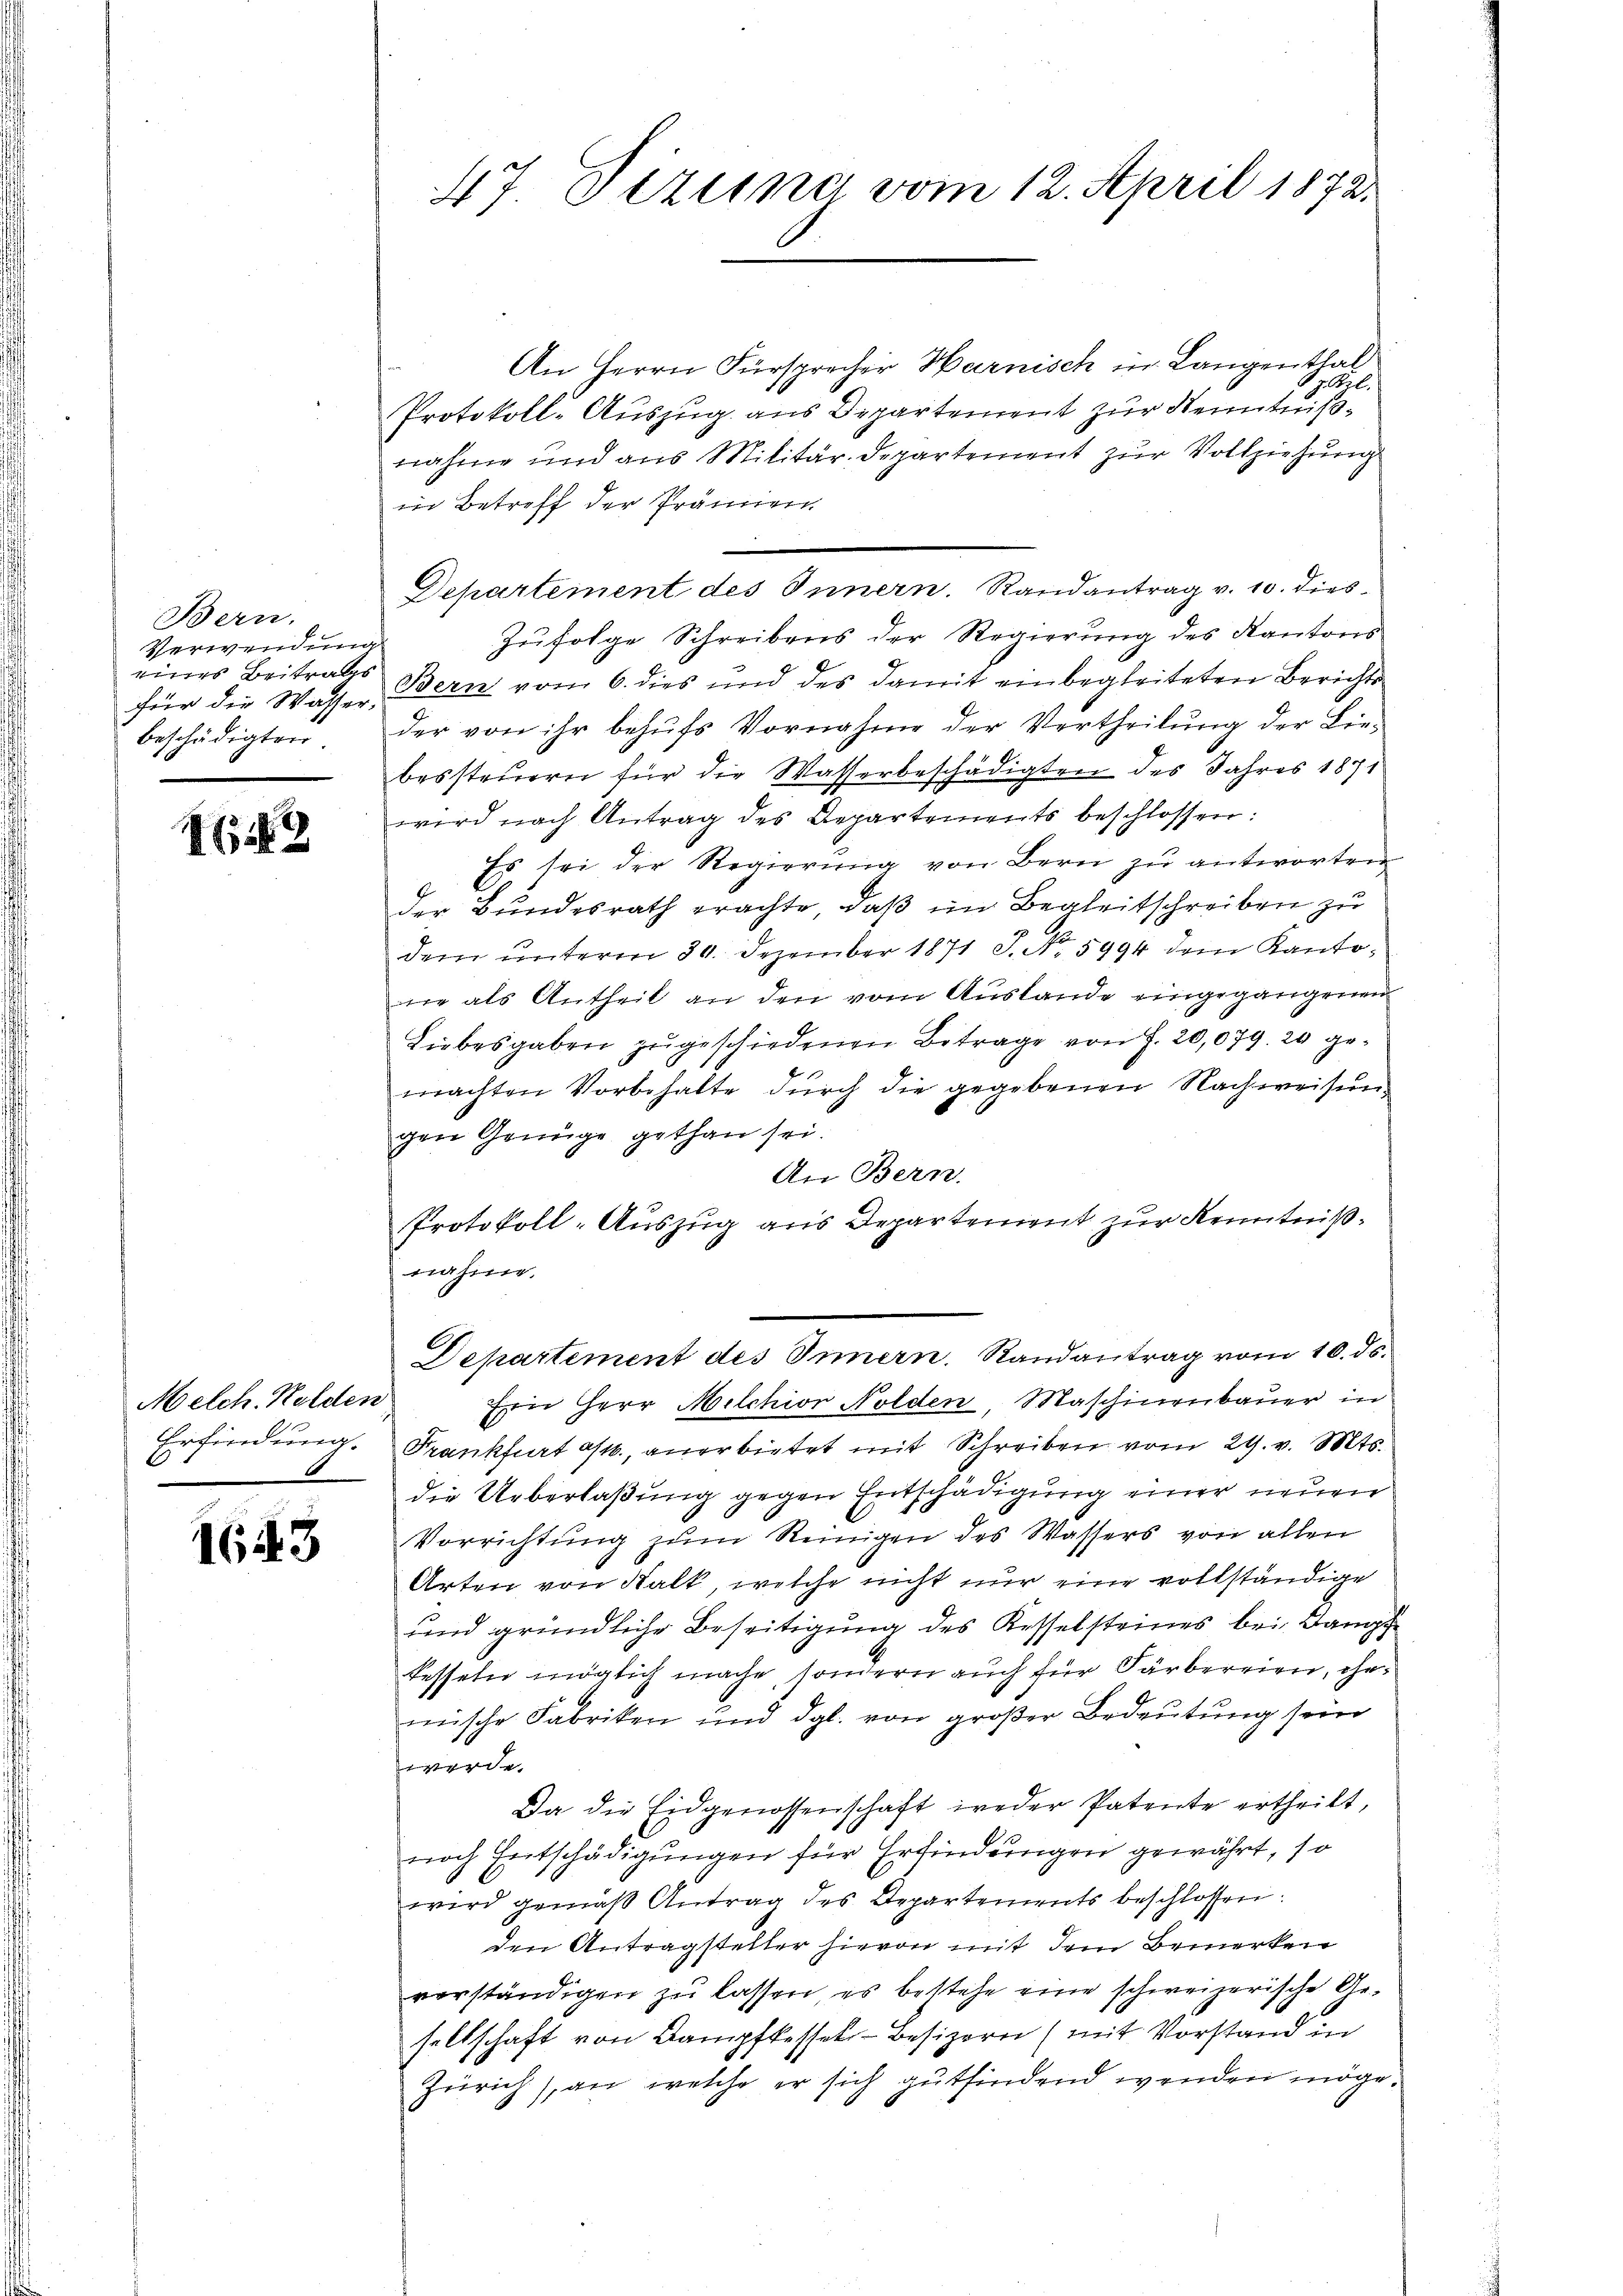
Bern.
Verwendung
eines Beitrags
beschädigten.

1622

Melch. Holden

1643

An Herrn Fürsprecher Harnisch in Langenthal
7. Frl.
Protokoll-Auszug aus Departement zur Kenntnißnahme und aus Militär-Departement zur Vollziehung
in Betreff der Prämien
Departement des Innern. Randantrag v. 10. dies¬
Zufolge Schreibens der Regierung des Kantons
für die Wasser Bern vom 6. dies und des damit einbegleiteten Berichts-
der von ihr behŭfs Vornahme der Vertheilung der Liebessteuern für die Wasserbeschädigten des Jahres 1871
wird nach Antrag des Repartements beschlossen:
Es sei der Regierŭng von Bern zu antworten
der Bundesrath erachte, daß im Begleitschreiben zu
dem unterm 30. Dezember 1871 J. No. 5994 dem Kantone als Antheil an den vom Auslande eingegangenen
Liebesgaben zugeschiedenen Betrage von J. 20,079. 20 gemachten Vorbehalte durch die gegebenen Nachweisung
gen Genüge gethan sei.
An Bern.
Protokoll-Auszug aus Departement zur Kenntnißnahme.
A
Departement des Innern. Randantrag vom 10. ds.
Ein Herr Milchior Nolden, Maschinenbauer in
Erfindung. Frankfurt a/M., anerbietet mit Schreiben vom 29. v. Mts.
die Ueberlaßung gegen Entschädigung einer neuen
Vorrichtung zum Reinigen des Wassers von allen
Arten von Kalk, welche nicht nur eine vollständige
und gründliche Beseitigung des Kesselsteines bei Dampf
kesseln möglich mache, sondern auch für Färbereien, ehemische Fabriken und dgl. von großer Bedeutung sein
werde.
Da die Eidgenossenschaft weder Patente ertheilt,
noch Entschädigungen für Erfindungen gewährt, so
wird gemäß Antrag des Departements beschlossen:
den Antragsteller hievon mit dem Bemerken
verständigen zu lassen, es bestehe eine schweizerische Ge-
seltschaft von Bampfkessel-Besizern (mit Vorstand in
Zürich), an welche er sich gutfindend wenden möge.

47 Vereine vom 12. April 1872.